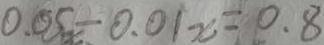
0 . 5 5 x - 0 . 0 1 x = 0 . 8